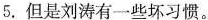
5.但是刘涛有一些坏习惯。